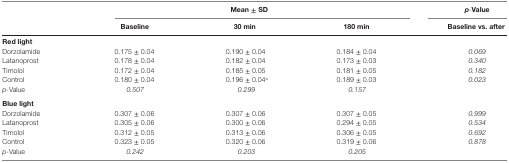
<table><thead><tr><td></td><td colspan="3"><b>Mean ± SD</b></td><td><b><i>p</i>-Value</b></td></tr><tr><td></td><td><b>Baseline</b></td><td><b>30 min</b></td><td><b>180 min</b></td><td><b>Baseline vs. after</b></td></tr></thead><tbody><tr><td colspan="5"><b>Red light</b></td></tr><tr><td>Dorzolamide</td><td>0.175 ± 0.04</td><td>0.190 ± 0.04</td><td>0.184 ± 0.04</td><td><i>0.069</i></td></tr><tr><td>Latanoprost</td><td>0.178 ± 0.04</td><td>0.182 ± 0.04</td><td>0.173 ± 0.03</td><td><i>0.340</i></td></tr><tr><td>Timolol</td><td>0.172 ± 0.04</td><td>0.185 ± 0.05</td><td>0.181 ± 0.05</td><td><i>0.182</i></td></tr><tr><td>Control</td><td>0.180 ± 0.04</td><td>0.196 ± 0.04<sup>a</sup></td><td>0.189 ± 0.03</td><td><i>0.023</i></td></tr><tr><td><i>p-</i>Value</td><td><i>0.507</i></td><td><i>0.299</i></td><td><i>0.157</i></td><td></td></tr><tr><td colspan="5"><b>Blue light</b></td></tr><tr><td>Dorzolamide</td><td>0.307 ± 0.06</td><td>0.307 ± 0.06</td><td>0.307 ± 0.05</td><td><i>0.999</i></td></tr><tr><td>Latanoprost</td><td>0.305 ± 0.06</td><td>0.300 ± 0.06</td><td>0.294 ± 0.05</td><td><i>0.534</i></td></tr><tr><td>Timolol</td><td>0.312 ± 0.05</td><td>0.313 ± 0.06</td><td>0.306 ± 0.05</td><td><i>0.692</i></td></tr><tr><td>Control</td><td>0.323 ± 0.05</td><td>0.320 ± 0.06</td><td>0.319 ± 0.06</td><td><i>0.878</i></td></tr><tr><td><i>p-</i>Value</td><td><i>0.242</i></td><td><i>0.203</i></td><td><i>0.205</i></td><td></td></tr></tbody></table>